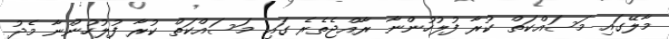
މާލޭގައި މަސައްކަތް ކުރާ ފުލުހުންނާ ރާއްޖެތެެރެ ގައި މަސައްކަތް ކުރާ ފުލުހުންނާ މެދު